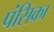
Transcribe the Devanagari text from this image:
पंसिका